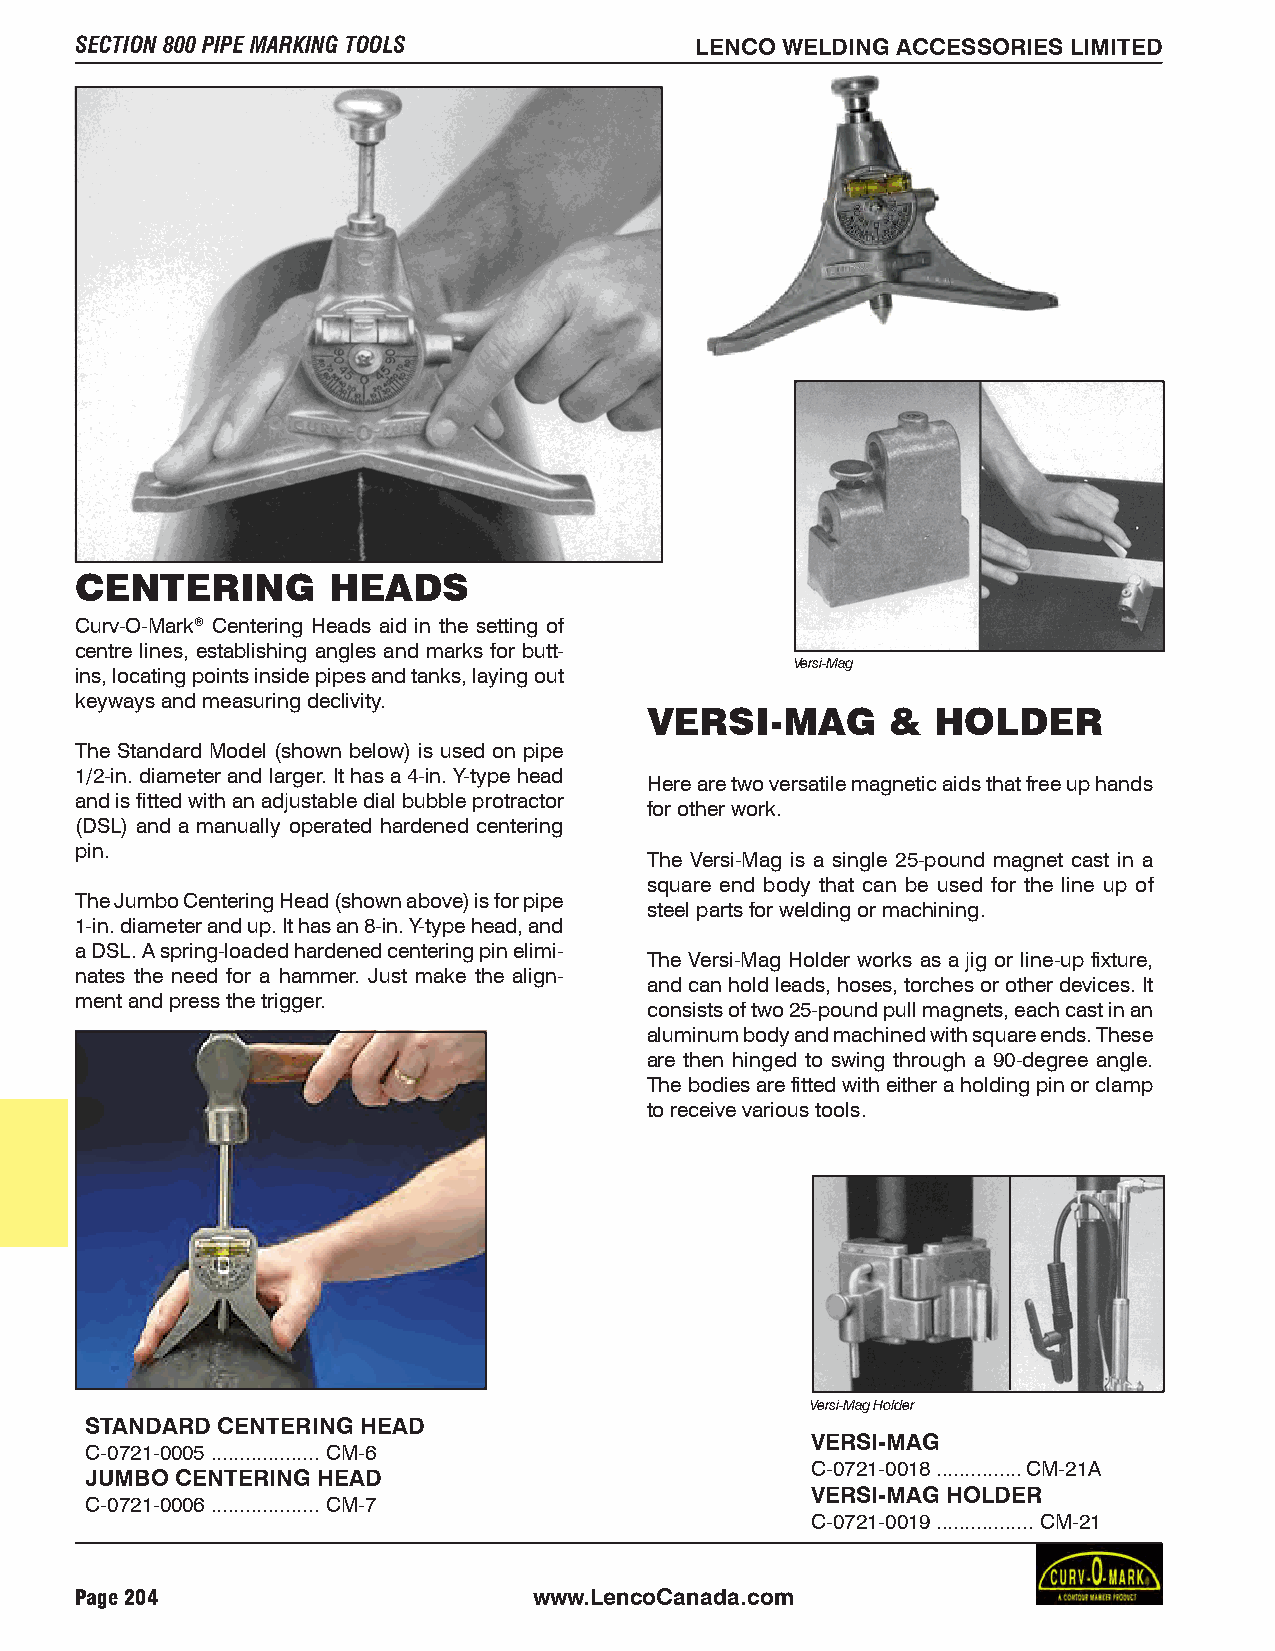
SECTION 800 PIPE MARKING TOOLS           LENCO WELDING ACCESSORIES LIMITED
 CENTERING        HEADS
 Curv-O-Mark® Centering Heads aid in the setting of
 centre lines, establishing angles and marks for butt-
 Versi-Mag
 ins, locating points inside pipes and tanks, laying out
 keyways and measuring declivity.
 VERSI-MAG       &  HOLDER
 The Standard Model (shown below) is used on pipe
 1/2-in. diameter and larger. It has a 4-in. Y-type head
 Here are two versatile magnetic aids that free up hands
 and is fitted with an adjustable dial bubble protractor
 for other work.
 (DSL) and a manually operated hardened centering
 pin.
 The Versi-Mag is a single 25-pound magnet cast in a
 square end body that can be used for the line up of
 The Jumbo Centering Head (shown above) is for pipe
 steel parts for welding or machining.
 1-in. diameter and up. It has an 8-in. Y-type head, and
 a DSL. A spring-loaded hardened centering pin elimi-
 The Versi-Mag Holder works as a jig or line-up fixture,
 nates the need for a hammer. Just make the align-
 and can hold leads, hoses, torches or other devices. It
 ment and press the trigger.
 consists of two 25-pound pull magnets, each cast in an
 aluminum body and machined with square ends. These
 are then hinged to swing through a 90-degree angle.
 The bodies are fitted with either a holding pin or clamp
 to receive various tools.
 Versi-Mag Holder
 STANDARD CENTERING HEAD
 VERSI-MAG
 C-0721-0005 ...................CM-6
 C-0721-0018...............CM-21A
 JUMBO CENTERING HEAD
 VERSI-MAG HOLDER
 C-0721-0006 ...................CM-7
 C-0721-0019.................CM-21
 Page 204                      www.LencoCanada.com